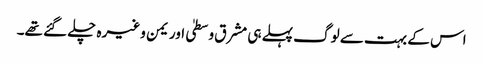
اس کے بہت سے لوگ پہلے ہی مشرق وسطیٰ اور یمن وغیرہ چلے گئے تھے۔